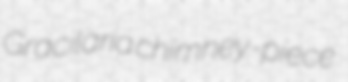
Gracilaria chimney-piece